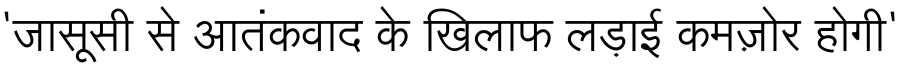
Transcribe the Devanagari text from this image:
'जासूसी से आतंकवाद के खिलाफ लड़ाई कमज़ोर होगी'